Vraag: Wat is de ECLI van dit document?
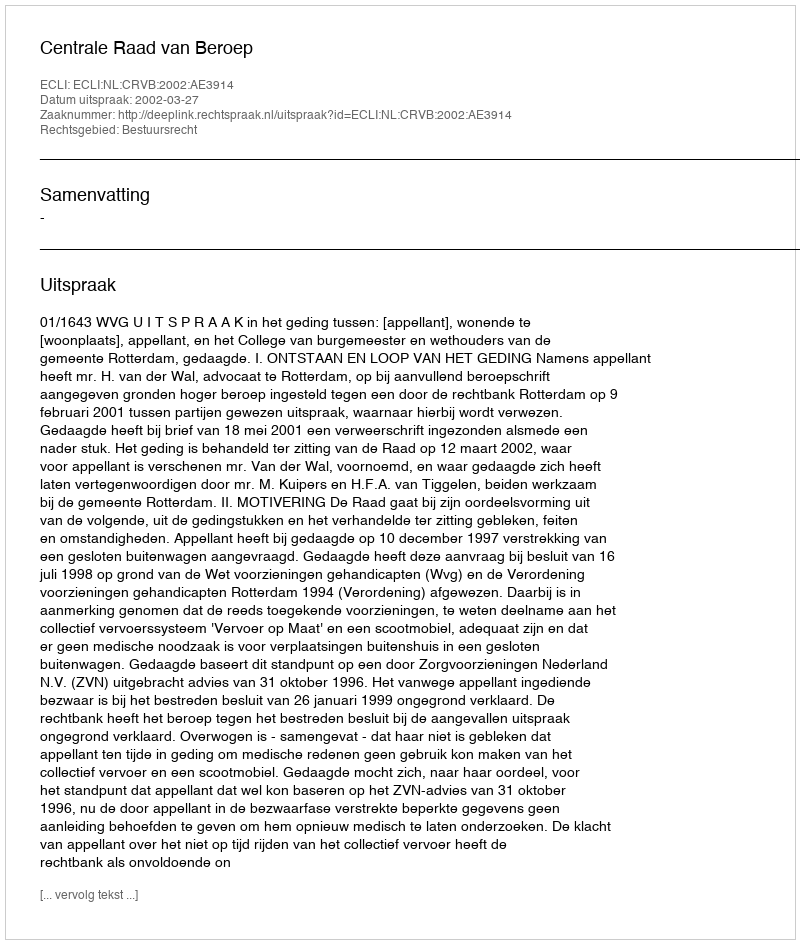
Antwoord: ECLI:NL:CRVB:2002:AE3914